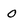
Character: 0